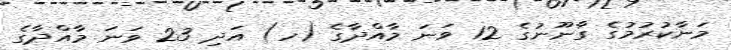
މަނާކުރުމުގެ ގާނޫނުގެ 12 ވަނަ މާއްދާގެ (ހ) އަދި 23 ވަނަ މާއްދާގެ